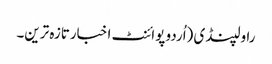
راولپنڈی (اُردو پوائنٹ اخبارتازہ ترین۔